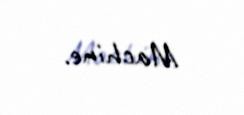
Machine.